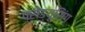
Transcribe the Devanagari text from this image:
प्रोड्यूसिंग